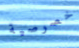
خصوصية